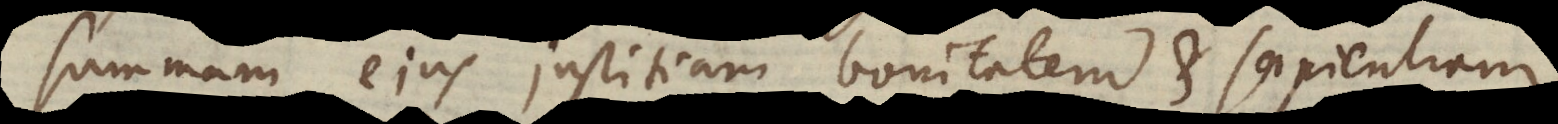
summam ejus justitiam, bonitatem et sapientiam